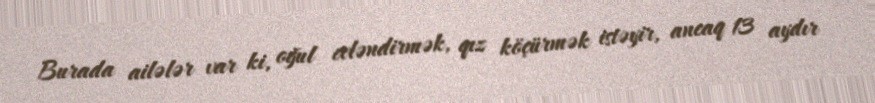
Burada ailələr var ki, oğul evləndirmək, qız köçürmək istəyir, ancaq 13 aydır